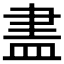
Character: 𥁞